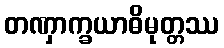
တဏှာက္ခယာဓိမုတ္တဿ